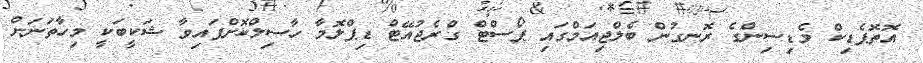
އޮތޮޕެޑިކް މެޑިސިންގެ ރޮނގުން ބެލްޖިއަމްގައި ޕޯސްޓް ގްރެޖުއޭޓް ޑިޕްލޮމާ ހާސިލްކޮށްފައިވާ ޝަކީބަކީ މިހާތަނަށް